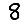
Digit: 8